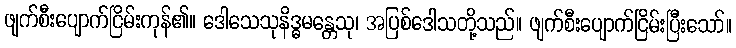
ဖျက်စီးပျောက်ငြိမ်းကုန်၏။ ဒေါသေသုနိဒ္ဓမန္တေသု၊ အပြစ်ဒေါသတို့သည်။ ဖျက်စီးပျောက်ငြိမ်းပြီးသော်။